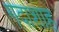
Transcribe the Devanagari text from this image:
गदाशाह